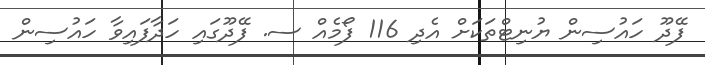
ފޭދޫ ހައުސިން ޔުނިޓްތަކަށް އެދި 116 ފޯމެއް ސ. ފޭދޫގައި ހަދާފައިވާ ހައުސިން